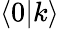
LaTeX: \langle 0|k\rangle